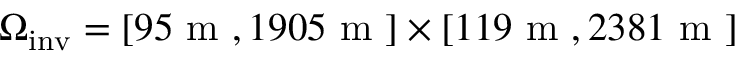
\Omega _ { \mathrm { i n v } } = [ 9 5 \mathrm { ~ m ~ } , 1 9 0 5 \mathrm { ~ m ~ } ] \times [ 1 1 9 \mathrm { ~ m ~ } , 2 3 8 1 \mathrm { ~ m ~ } ]